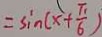
= \sin ( x + \frac { \pi } { 6 } )